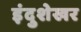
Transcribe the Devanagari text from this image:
इंदुशेखर